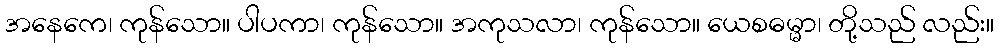
အနေကေ၊ ကုန်သော။ ပါပကာ၊ ကုန်သော။ အကုသလာ၊ ကုန်သော။ ယေစဓမ္မာ၊ တို့သည် လည်း။